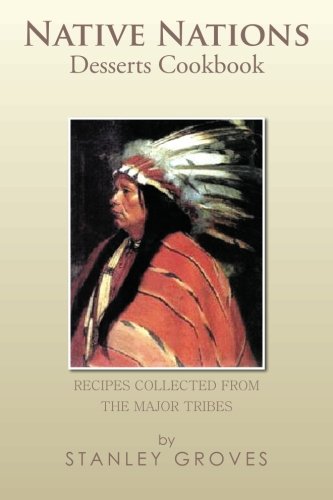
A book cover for Native Nations Desserts Cookbook: Recipes collected from the major tribes; Stanley Groves; Cookbooks, Food & Wine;